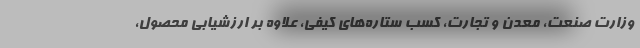
وزارت صنعت، معدن و تجارت، کسب ستاره‌های کیفی، علاوه بر ارزشیابی محصول،